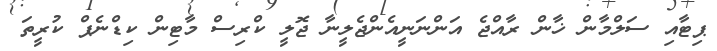
ޕިޓާއި ސަލްމާން ޚާން ރާއްޖެ އަންނަނީއެންޖެލީނާ ޖޮލީ ކްރިސް މާޓިން ކިޑްނެޕް ކުރީތަ